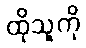
ထိုသူကို